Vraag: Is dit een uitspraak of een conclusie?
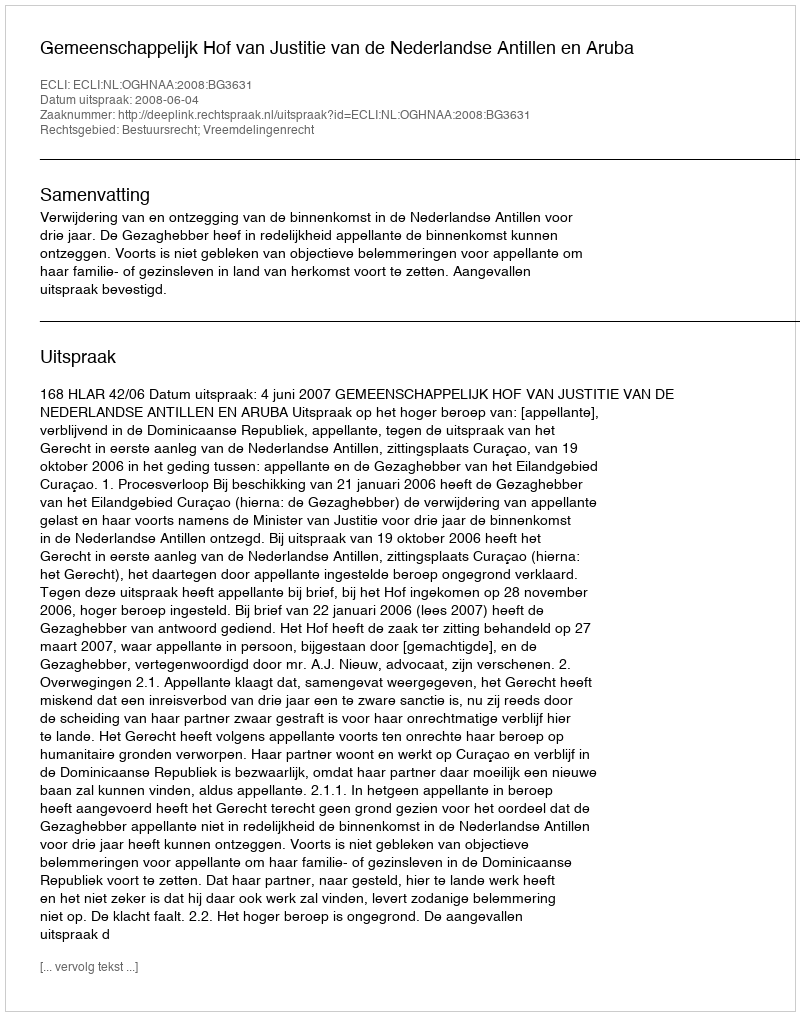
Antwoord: Uitspraak